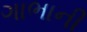
ગાભાની